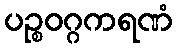
ပဉ္စဝဂ္ဂကရဏံ